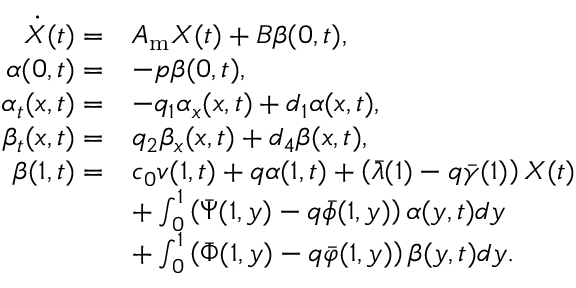
\begin{array} { r l } { \dot { X } ( t ) = } & { A _ { \mathrm { m } } X ( t ) + { B } \beta ( 0 , t ) , } \\ { \alpha ( 0 , t ) = } & { - p \beta ( 0 , t ) , } \\ { { \alpha _ { t } } ( x , t ) = } & { - { q _ { 1 } } { \alpha _ { x } } ( x , t ) + { d _ { 1 } } \alpha ( x , t ) , } \\ { { \beta _ { t } } ( x , t ) = } & { { q _ { 2 } } { \beta _ { x } } ( x , t ) + { d _ { 4 } } \beta ( x , t ) , } \\ { \beta ( 1 , t ) = } & { c _ { 0 } v ( 1 , t ) + q \alpha ( 1 , t ) + \left( \bar { \lambda } ( 1 ) - q \bar { \gamma } ( 1 ) \right) { X } ( t ) } \\ & { + \int _ { 0 } ^ { 1 } \left( { \bar { \Psi } } ( 1 , y ) - q { \bar { \phi } } ( 1 , y ) \right) \alpha ( y , t ) d y } \\ & { + \int _ { 0 } ^ { 1 } \left( { \bar { \Phi } } ( 1 , y ) - q { \bar { \varphi } } ( 1 , y ) \right) \beta ( y , t ) d y . } \end{array}